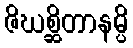
ဇိဃစ္ဆိတာနမ္ပိ